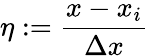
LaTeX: \eta:=\frac{x-x_{i}}{\Delta x}